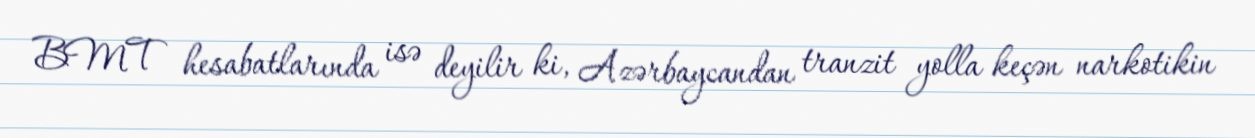
BMT hesabatlarında isə deyilir ki, Azərbaycandan tranzit yolla keçən narkotikin